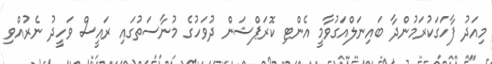
މިއަދު ފާހަގަކުރަމުންދާ ބައިނަލްއަގުވާމީ އެންޓި ކޮރަޕްޝަން ދުވަހުގެ މުނާސަތުގައި ރައީސް ވަހީދު ނެރުއްވި